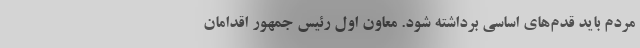
مردم باید قدم‌های اساسی برداشته شود‌. معاون اول رئیس جمهور اقدامان